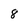
Character: 8